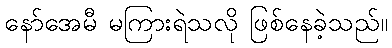
နော်အေမီ မကြားရဲသလို ဖြစ်နေခဲ့သည်။